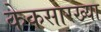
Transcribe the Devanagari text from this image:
केकसारख्या